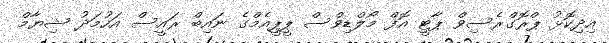
އިދިކޮޅު ޕްރޮގްރެސިވް ޕާޓީ އޮފް މޯލްޑިވްސް ޕީޕީއެމްގެ ނައިބް ރައީސް އަހުމަދު ޝިޔާމް